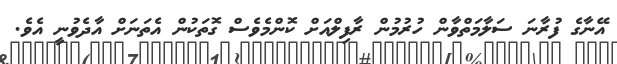
އޭނާގެ ފުރާނަ ސަލާމަތްވާން ހުރުމުން ރާފިލްއަށް ކޮންމެވެސް ގޮތަކުން އެތަނަށް އާދެވުނީ އެވެ.